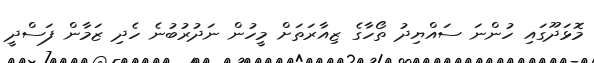
މޮޅަދޫގައި ހުންނަ ސައްޔިދު ތޯހާގެ ޒިއާރަތަށް މީހުން ނަދުރުބުނެ ހެދި ޒަމާން ފަސްދީ